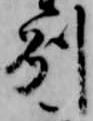
州